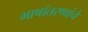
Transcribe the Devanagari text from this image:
भाषांतरणांचे